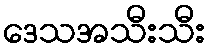
ဒေသအသီးသီး